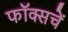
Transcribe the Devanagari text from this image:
फॉक्सचें